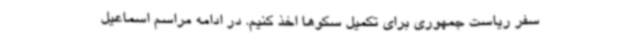
سفر ریاست جمهوری برای تکمیل سکوها اخذ کنیم. در ادامه مراسم اسماعیل